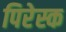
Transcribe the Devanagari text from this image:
पिरेस्क